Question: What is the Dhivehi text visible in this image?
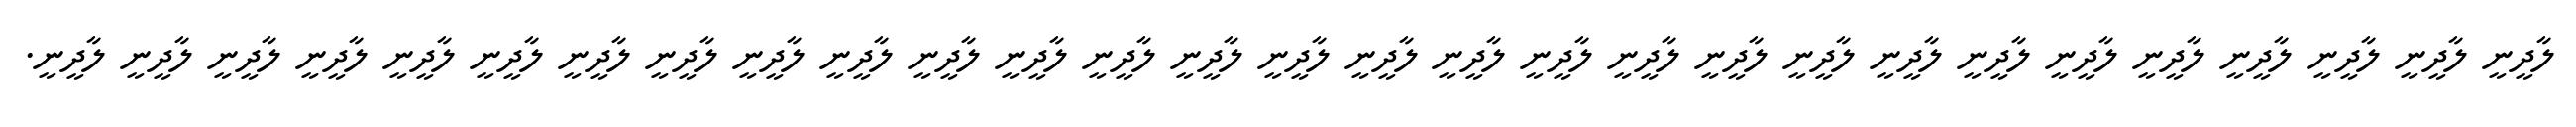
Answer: ލާދީނީ ލާދީނީ ލާދީނީ ލާދީނީ ލާދީނީ ލާދީނީ ލާދީނީ ލާދީނީ ލާދީނީ ލާދީނީ ލާދީނީ ލާދީނީ ލާދީނީ ލާދީނީ ލާދީނީ ލާދީނީ ލާދީނީ ލާދީނީ ލާދީނީ ލާދީނީ ލާދީނީ ލާދީނީ ލާދީނީ ލާދީނީ ލާދީނީ ލާދީނީ ލާދީނީ ލާދީނީ ލާދީނީ.